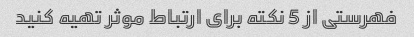
فهرستی از 5 نکته برای ارتباط موثر تهیه کنید